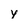
Character: y